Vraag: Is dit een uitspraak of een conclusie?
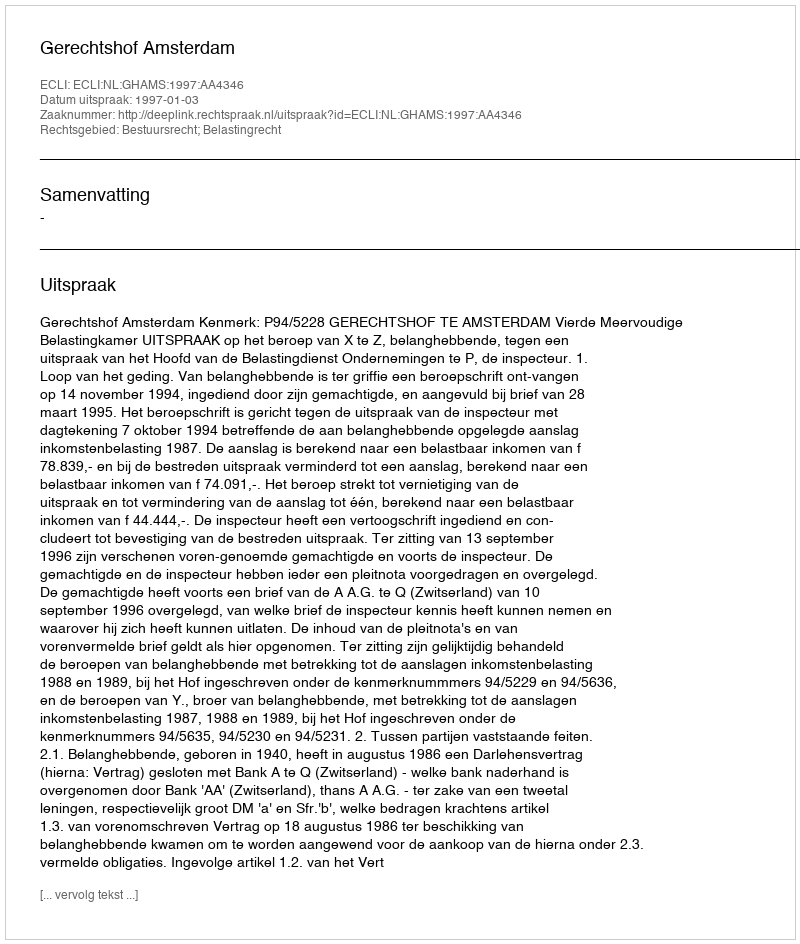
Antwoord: Uitspraak